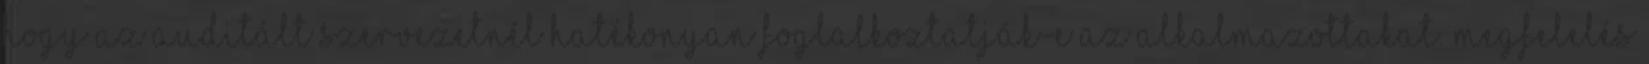
hogy az auditált szervezetnél hatékonyan foglalkoztatják-e az alkalmazottakat. Megfelelés